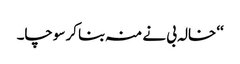
‘‘ خالہ بی نے منہ بنا کر سوچا۔